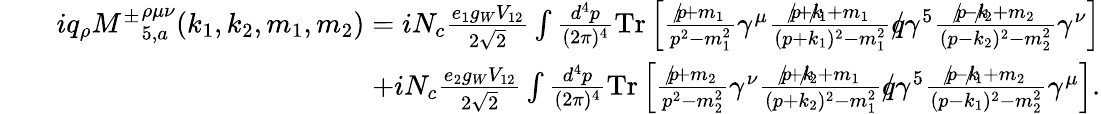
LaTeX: \begin{array}{rlr}&{}&{iq_{\rho}{M^{\pm}}_{5,a}^{\rho\mu\nu}(k_{1},k_{2},m_{1},m_{2})=iN_{c}\frac{e_{1}g_{W}V_{12}}{2\sqrt{2}}\int\frac{d^{4}p}{(2\pi)^{4}}\mathrm{{Tr}}\left[\frac{p\! \! \! /+m_{1}}{p^{2}-m_{1}^{2}}\gamma^{\mu}\frac{p\! \! \! /+k\! \! \! /_{1}+m_{1}}{(p+k_{1})^{2}-m_{1}^{2}}q\! \! \! /\gamma^{5}\frac{p\! \! \! /-k\! \! \! /_{2}+m_{2}}{(p-k_{2})^{2}-m_{2}^{2}}\gamma^{\nu}\right]}\\ &{}&{+iN_{c}\frac{e_{2}g_{W}V_{12}}{2\sqrt{2}}\int\frac{d^{4}p}{(2\pi)^{4}}{\mathrm{Tr}}\left[\frac{p\! \! \! /+m_{2}}{p^{2}-m_{2}^{2}}\gamma^{\nu}\frac{p\! \! \! /+k\! \! \! /_{2}+m_{1}}{(p+k_{2})^{2}-m_{1}^{2}}q\! \! \! /\gamma^{5}\frac{p\! \! \! /-k\! \! \! /_{1}+m_{2}}{(p-k_{1})^{2}-m_{2}^{2}}\gamma^{\mu}\right].}\end{array}